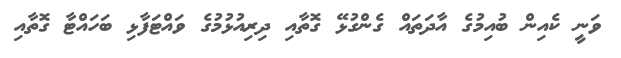
ވަނީ ކެއިން ބުއިމުގެ އާދަތައް ގެންގުޅޭ ގޮތާއި ދިރިއުޅުމުގެ ވައްޓަފާޅި ބަހައްޓާ ގޮތާއި